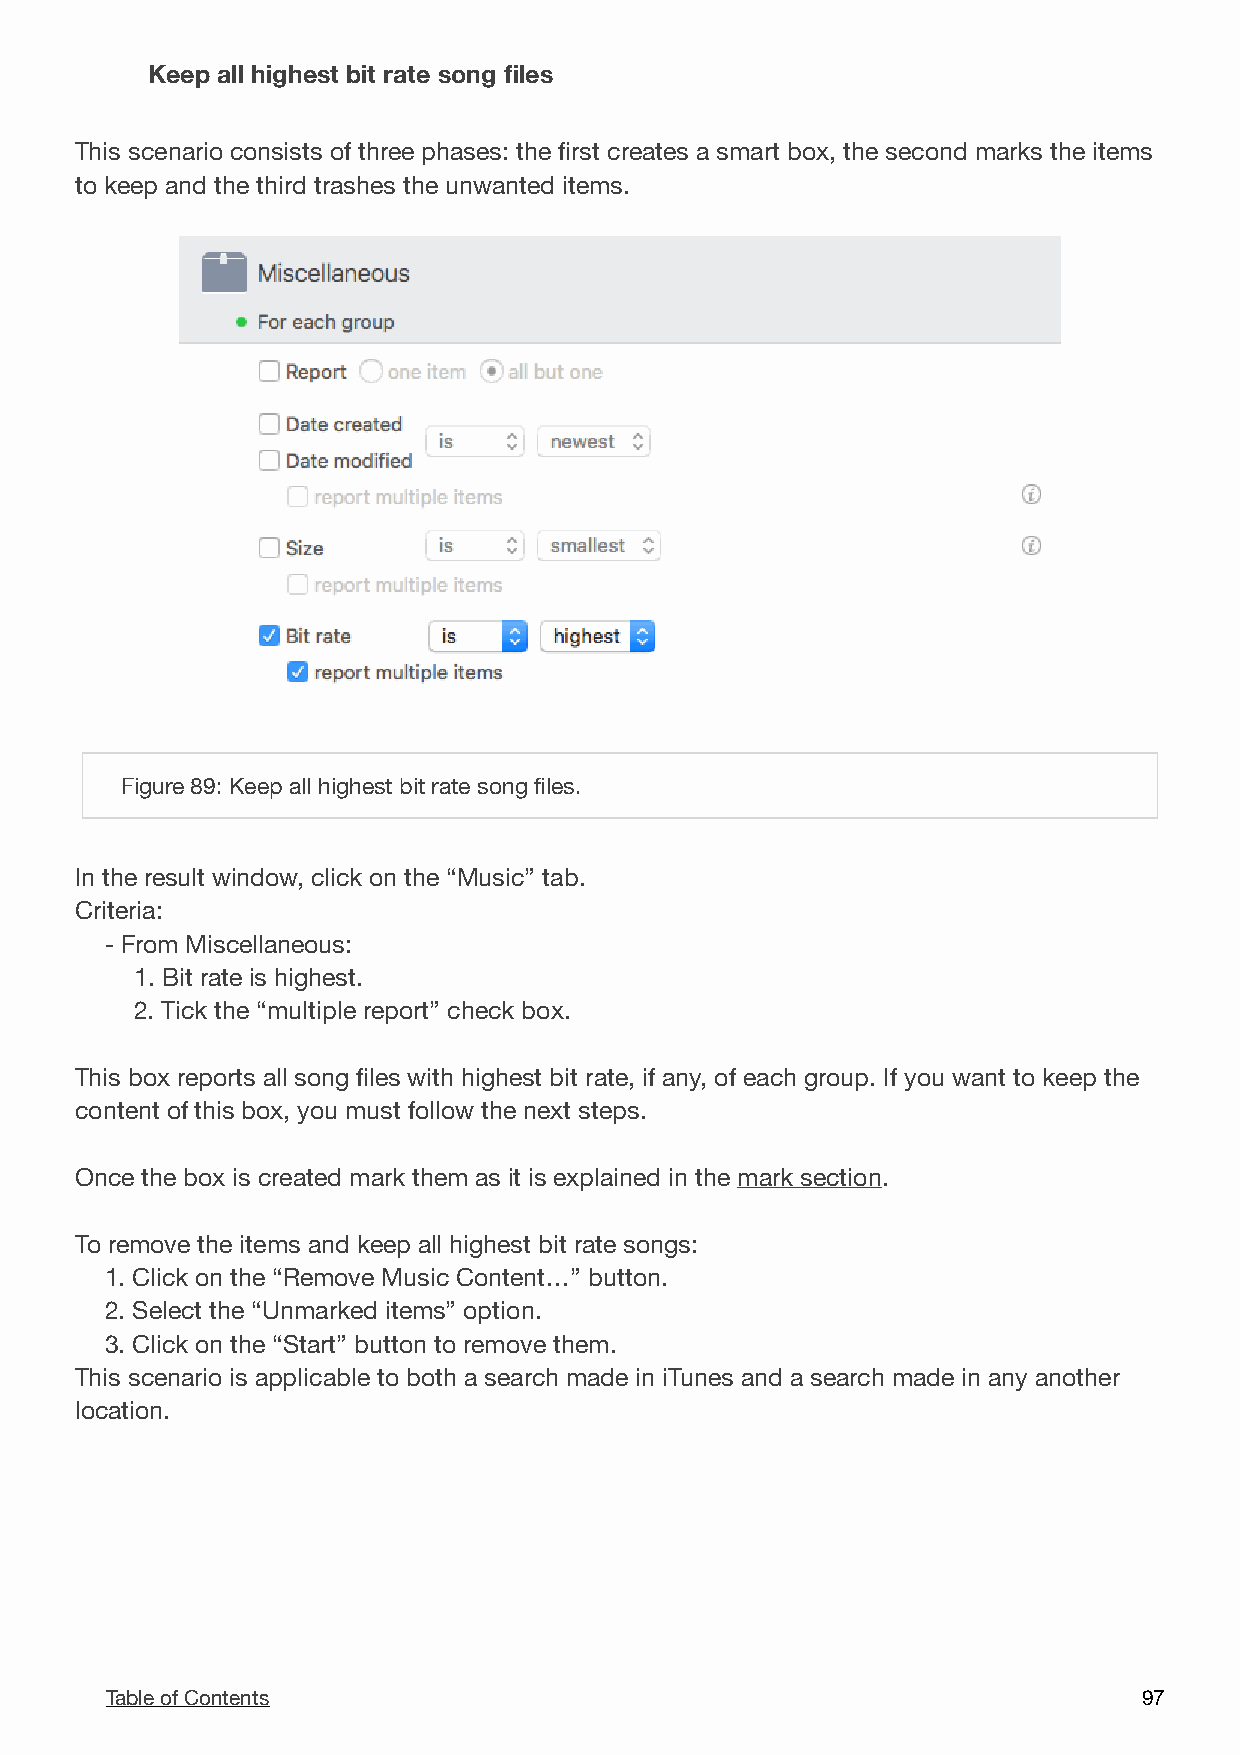
Keep all highest bit rate song files
 This scenario consists of three phases: the first creates a smart box, the second marks the items
 to keep and the third trashes the unwanted items.
 !
 Figure 89: Keep all highest bit rate song files.
 In the result window, click on the “Music” tab.
 Criteria:
 - From Miscellaneous:
 1. Bit rate is highest.
 2. Tick the “multiple report” check box.
 This box reports all song files with highest bit rate, if any, of each group. If you want to keep the
 content of this box, you must follow the next steps.
 Once the box is created mark them as it is explained in the mark section.
 To remove the items and keep all highest bit rate songs:
 1. Click on the “Remove Music Content…” button.
 2. Select the “Unmarked items” option.
 3. Click on the “Start” button to remove them.
 This scenario is applicable to both a search made in iTunes and a search made in any another
 location.
 Table of Contents                                                    9 7